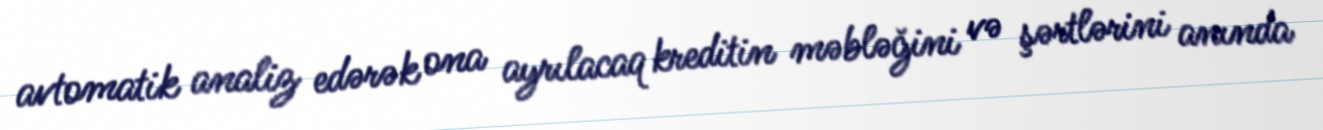
avtomatik analiz edərək ona ayrılacaq kreditin məbləğini və şərtlərini anında